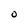
Character: O